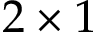
2 \times 1